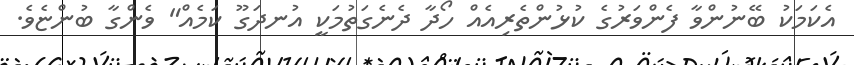
އެކަމަކު ބޭނުންވާ ފެންވަރުގެ ކުޅުންތެރިއެއް ހޯދާ ދެނެގަތުމަކީ އުނދަގޫ ކަމެއް" ވެންގާ ބުންޏެވެ.